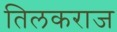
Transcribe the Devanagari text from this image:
तिलकराज